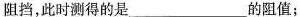
阻挡，此时测得的是___的阻值；